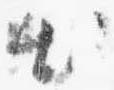
出